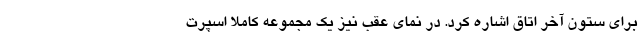
برای ستون آخر اتاق اشاره کرد. در نمای عقب نیز یک مجموعه کاملا اسپرت